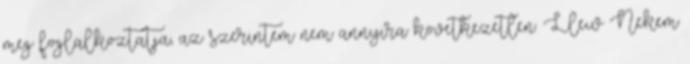
meg foglalkoztatja, az szerintem nem annyira következetlen. Llew Nekem